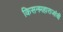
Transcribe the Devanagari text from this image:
किसनमहाराजांची